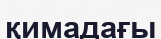
қимадағы